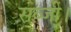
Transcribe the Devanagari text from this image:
सब्जी।